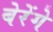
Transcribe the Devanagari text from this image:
बेरेंगे